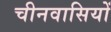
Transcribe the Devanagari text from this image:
चीनवासियों